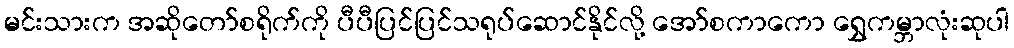
မင်းသားက အဆိုတော်စရိုက်ကို ပီပီပြင်ပြင်သရုပ်ဆောင်နိုင်လို့ အော်စကာကော ရွှေကမ္ဘာလုံးဆုပါ